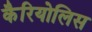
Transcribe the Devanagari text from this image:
कैरियोलिस